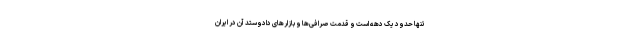
تنها حدود یک دهه است و قدمت صرافی‌ها و بازارهای دادوستد آن در ایران